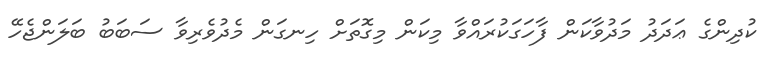
ކުދިންގެ ޢަދަދު މަދުވާކަން ފާހަގަކުރައްވާ މިކަން މިގޮތަށް ހިނގަން މެދުވެރިވާ ސަބަބު ބަލަންޖެހޭ